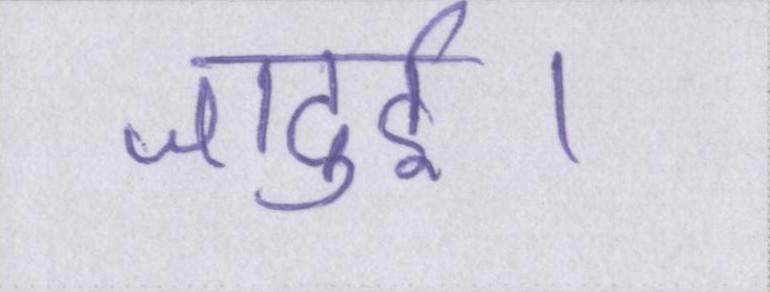
जादुई।